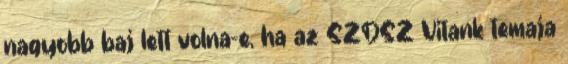
nagyobb baj lett volna-e, ha az SZDSZ Vitank temaja